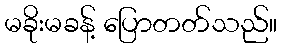
မခိုးမခန့် ပြောတတ်သည်။